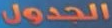
الجدول